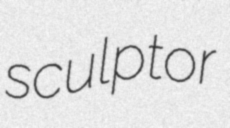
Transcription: sculptor